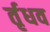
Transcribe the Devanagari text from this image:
र्तृधव